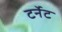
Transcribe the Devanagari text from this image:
टर्नेट